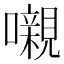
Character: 嚫